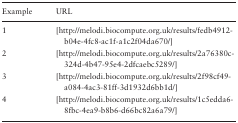
| Example | URL |
 | --- | --- |
 | 1 | [http://melodi.biocompute.org.uk/results/fedb4912-b04e-4fc8-ac1f-a1c2f04da670/] |
 | 2 | [http://melodi.biocompute.org.uk/results/2a76380c-324d-4b47-95e4-2dfcaebc5289/] |
 | 3 | [http://melodi.biocompute.org.uk/results/2f98cf49-a084-4ac3-81ff-3d1932d6bb1d/] |
 | 4 | [http://melodi.biocompute.org.uk/results/1c5edda6-8fbc-4ea9-b8b6-d66bc82a6a79/] |